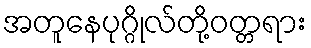
အတူနေပုဂ္ဂိုလ်တို့ဝတ္တရား